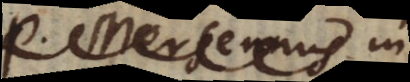
P. Mersennus in